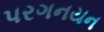
પરગનયન